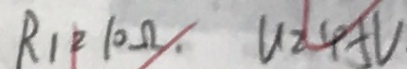
R _ { 1 } = 1 0 \Omega . U = 4 5 V